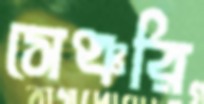
সেঞ্চরি